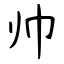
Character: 帅